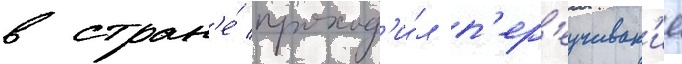
в стран'е́ проход'и́л п'ер'еучиван'ие